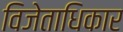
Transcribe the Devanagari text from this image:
विजेताधिकार